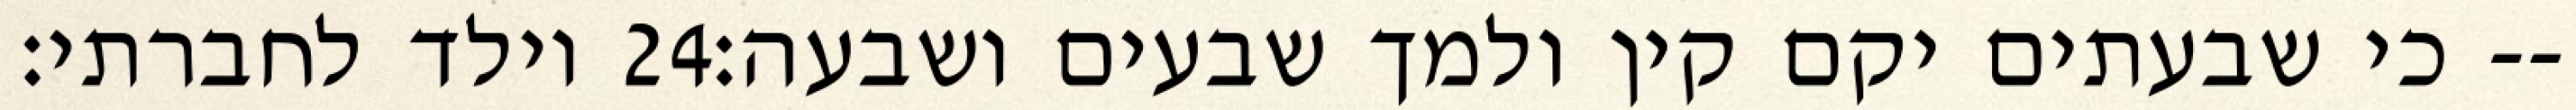
וילד לחברתי׃ ‎24‏ כי שבעתים יקם קין ולמך שבעים ושבעה׃--